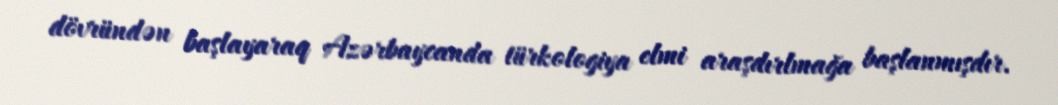
dövründən başlayaraq Azərbaycanda türkologiya elmi araşdırlmağa başlanmışdır.